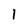
Character: 1